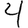
Digit: 4